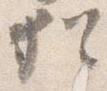
猶